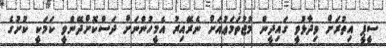
ސީޕީ އިތުރަށް ވިދާޅުވީ ގައިދީން މުޖުތަމަޢުއަށް ނެރޭއިރު އެމީހުންނަށް ދަސްކޮށްދޭންވީ ކަމަކީ ކުށުގެ